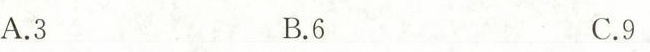
A.3 B.6 C.9